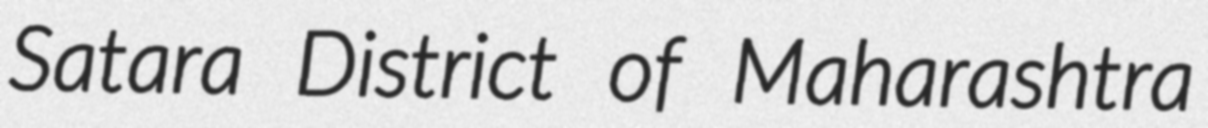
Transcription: Satara District of Maharashtra